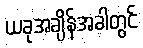
ယခုအချိန်အခါတွင်